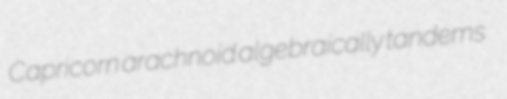
Capricorn arachnoid algebraically tandems